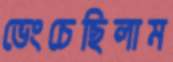
ভেংচেছিলাম